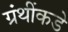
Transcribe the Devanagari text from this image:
ग्रंथींकडे